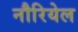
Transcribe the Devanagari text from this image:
नौरियेल